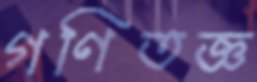
গণিতজ্ঞ